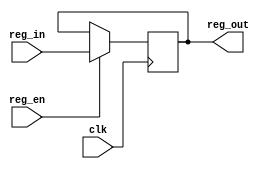
module Reg (
    input clk,
    input reg_en,
    input wire [31:0] reg_in,

    output reg [31:0] reg_out 
);
    
always @(posedge clk) begin
    if (reg_en)
        reg_out <= reg_in;
end

endmodule